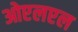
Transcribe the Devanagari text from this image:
ओएलएल